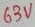
Text: 63V